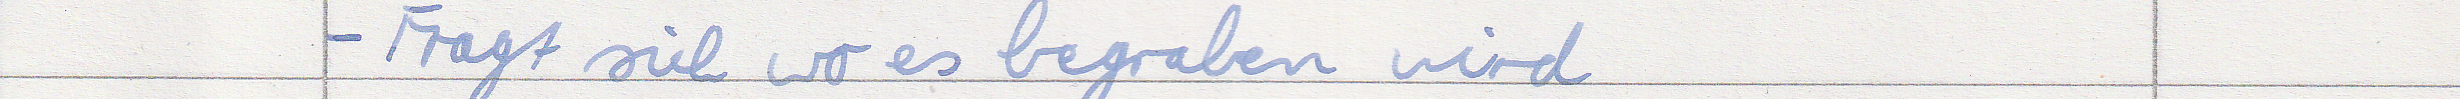
- Fragt sich wo es begraben wird